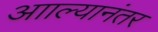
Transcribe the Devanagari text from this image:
आाल्यानंतर